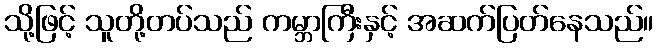
သို့ဖြင့် သူတို့တပ်သည် ကမ္ဘာကြီးနှင့် အဆက်ပြတ်နေသည်။